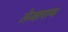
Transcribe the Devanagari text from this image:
तेजाराम